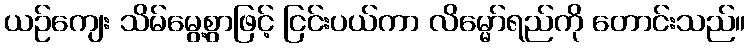
ယဉ်ကျေး သိမ်မွေ့စွာဖြင့် ငြင်းပယ်ကာ လိမ္မော်ရည်ကို တောင်းသည်။